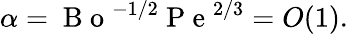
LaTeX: \alpha=\mathrm{~B~o~}^{-1/2}\mathrm{~P~e~}^{2/3}=O(1).